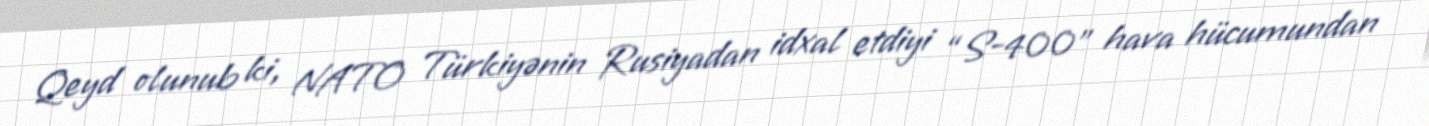
Qeyd olunub ki, NATO Türkiyənin Rusiyadan idxal etdiyi “S-400” hava hücumundan